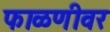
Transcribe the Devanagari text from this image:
फाळणीवर